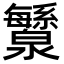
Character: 𬉯